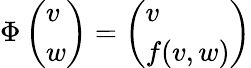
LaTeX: \Phi\left(\begin{array}{l}{v}\\ {w}\end{array}\right)=\left(\begin{array}{l}{v}\\ {f(v,w)}\end{array}\right)